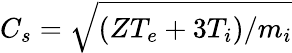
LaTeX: C_{s}=\sqrt{(ZT_{e}+3T_{i})/m_{i}}